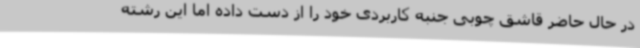
در حال حاضر قاشق چوبی جنبه کاربردی خود را از دست داده اما این رشته